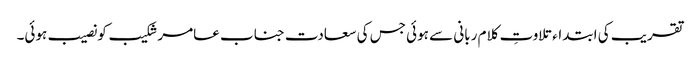
تقریب کی ابتداء تلاوتِ کلام ربانی سے ہوئی جس کی سعادت جناب عامر شکیب کو نصیب ہوئی۔